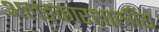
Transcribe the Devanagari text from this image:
अलङ्कारशास्त्रीय